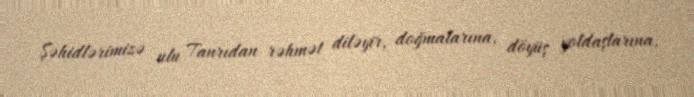
Şəhidlərimizə ulu Tanrıdan rəhmət diləyir, doğmalarına, döyüş yoldaşlarına,